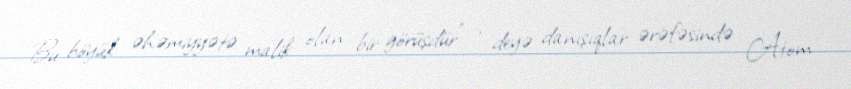
Bu böyük əhəmiyyətə malik olan bir görüşdür" , deyə danışıqlar ərəfəsində Atom